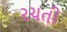
રચતી